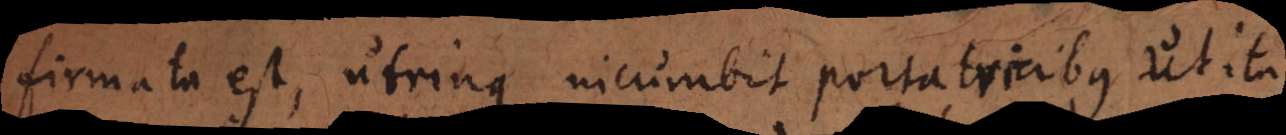
firmata est, utrinque incumbit portatricibus, ut ita